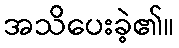
အသိပေးခဲ့၏။